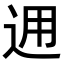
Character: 𨒗